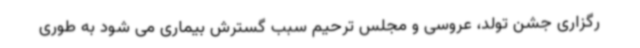
رگزاری جشن تولد، عروسی و مجلس ترحیم سبب گسترش بیماری می شود به طوری